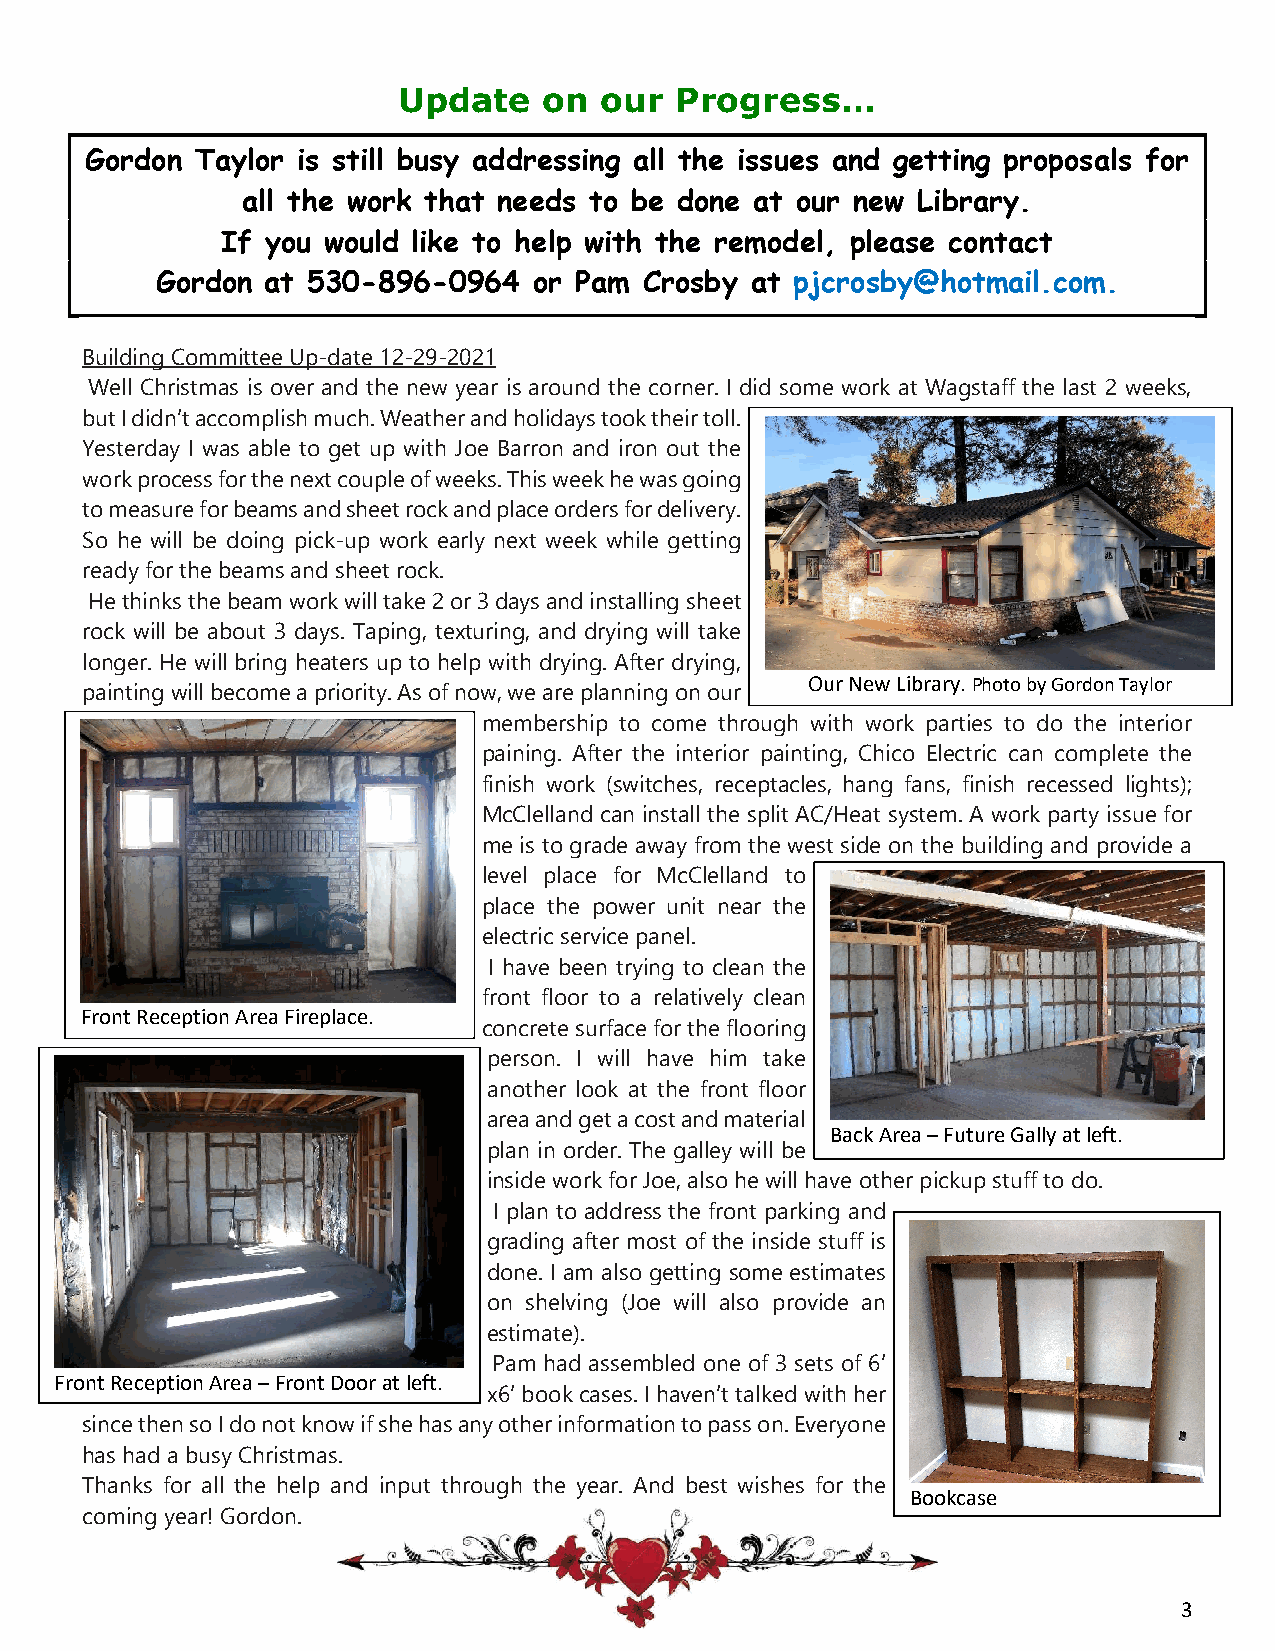
Update    on  our  Progress…
 Gordon Taylor is still busy addressing all the issues and getting proposals for
 all the work that needs to be done at our new Library.
 If you would like to help with the remodel, please contact
 Gordon  at 530-896-0964  or Pam  Crosby at pjcrosby@hotmail.com.
 Building Committee Up-date 12-29-2021
 Well Christmas is over and the new year is around the corner. I did some work at Wagstaff the last 2 weeks,
 but I didn’t accomplish much. Weather and holidays took their toll.
 Yesterday I was able to get up with Joe Barron and iron out the
 work process for the next couple of weeks. This week he was going
 to measure for beams and sheet rock and place orders for delivery.
 So he will be doing pick-up work early next week while getting
 ready for the beams and sheet rock.
 He thinks the beam work will take 2 or 3 days and installing sheet
 rock will be about 3 days. Taping, texturing, and drying will take
 longer. He will bring heaters up to help with drying. After drying,
 Our New Library. Photo by Gordon Taylor
 painting will become a priority. As of now, we are planning on our
 membership to come through with work parties to do the interior
 paining. After the interior painting, Chico Electric can complete the
 finish work (switches, receptacles, hang fans, finish recessed lights);
 McClelland can install the split AC/Heat system. A work party issue for
 me is to grade away from the west side on the building and provide a
 level place for McClelland to
 place the power unit near the
 electric service panel.
 I have been trying to clean the
 front floor to a relatively clean
 Front Reception Area Fireplace.
 concrete surface for the flooring
 person. I will have him take
 another look at the front floor
 area and get a cost and material
 Back Area – Future Gally at left.
 plan in order. The galley will be
 inside work for Joe, also he will have other pickup stuff to do.
 I plan to address the front parking and
 grading after most of the inside stuff is
 done. I am also getting some estimates
 on shelving (Joe will also provide an
 estimate).
 Pam had assembled one of 3 sets of 6’
 Front Reception Area – Front Door at left.
 x6’ book cases. I haven’t talked with her
 since then so I do not know if she has any other information to pass on. Everyone
 has had a busy Christmas.
 Thanks for all the help and input through the year. And best wishes for the
 Bookcase
 coming year! Gordon.
 3